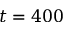
t = 4 0 0